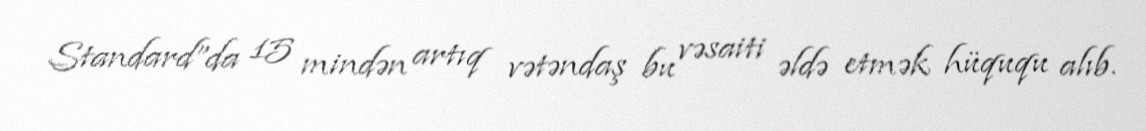
Standard”da 15 mindən artıq vətəndaş bu vəsaiti əldə etmək hüququ alıb.